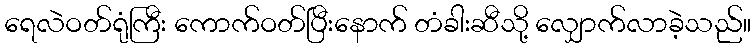
ရေလဲဝတ်ရုံကြီး ကောက်ဝတ်ပြီးနောက် တံခါးဆီသို့ လျှောက်လာခဲ့သည်။